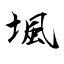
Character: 堸